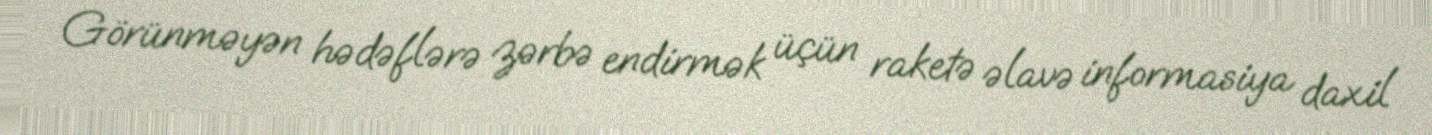
Görünməyən hədəflərə zərbə endirmək üçün raketə əlavə informasiya daxil